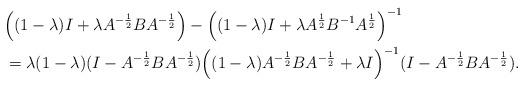
LaTeX: \begin{align*}&\Big((1-\lambda)I+\lambda A^{-\frac{1}{2}}BA^{-\frac{1}{2}}\Big)-\Big((1-\lambda)I+\lambda A^{\frac{1}{2}}B^{-1}A^{\frac{1}{2}}\Big)^{-1}\\ &=\lambda(1-\lambda)(I-A^{-\frac{1}{2}}BA^{-\frac{1}{2}})\Big((1-\lambda)A^{-\frac{1}{2}}BA^{-\frac{1}{2}}+\lambda I\Big)^{-1}(I-A^{-\frac{1}{2}}BA^{-\frac{1}{2}}).\end{align*}